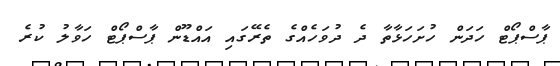
ޕާސްޕޯޓް ހަދަން ހުށަހަޅާތާ ދެ ދުވަހެއްގެ ތެރޭގައި އައްޑޫން ޕާސްޕޯޓް ހަވާލު ކުރެ